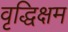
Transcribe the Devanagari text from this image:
वृद्धिक्षम